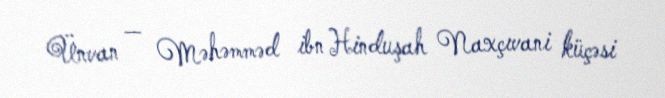
Ünvan — Məhəmməd ibn Hinduşah Naxçıvani küçəsi